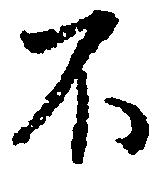
不